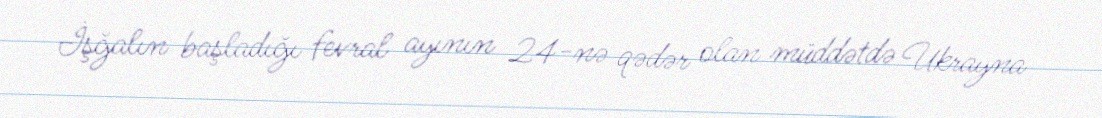
İşğalın başladığı fevral ayının 24-nə qədər olan müddətdə Ukrayna